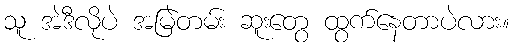
သူ အဲဒီလိုပဲ အမြဲတမ်း ဆူးတွေ ထွက်နေတာပဲလား။